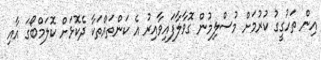
އިން ތަހުގީގު ކުރުމަށް މުސްލިމުން ގޮވާލާފައިވާއިރު އެ ކަންތައްތަކާ ދެކޮޅަށް ކޮލަމްބޯގަ އާއި